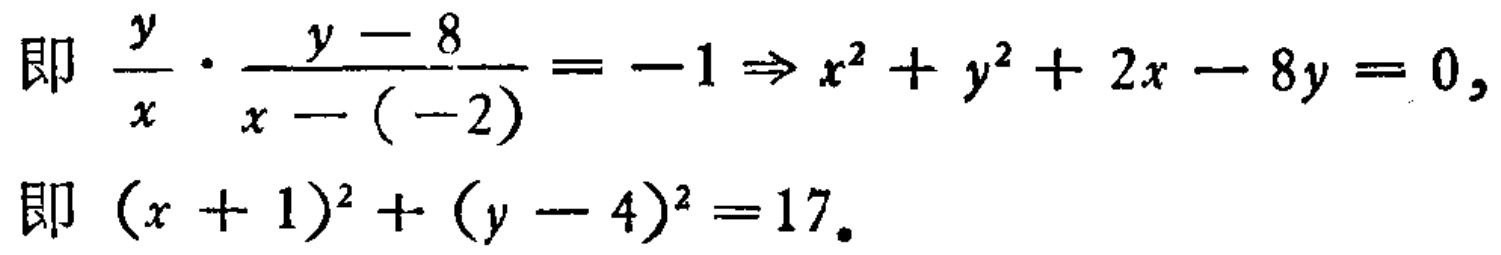
\[
\begin{align*}
&\text{即 }\frac{y}{x}\cdot\frac{y - 8}{x - (-2)}=-1\Rightarrow x^{2}+y^{2}+2x - 8y = 0,\\
&\text{即 }(x + 1)^{2}+(y - 4)^{2}=17.
\end{align*}
\]